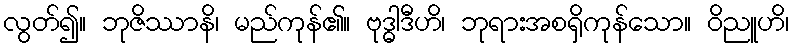
လွတ်၍။ ဘုဇိဿာနိ၊ မည်ကုန်၏။ ဗုဒ္ဓါဒီဟိ၊ ဘုရားအစရှိကုန်သော။ ဝိညူဟိ၊